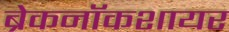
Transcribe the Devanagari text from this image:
ब्रेकनॉकशायर